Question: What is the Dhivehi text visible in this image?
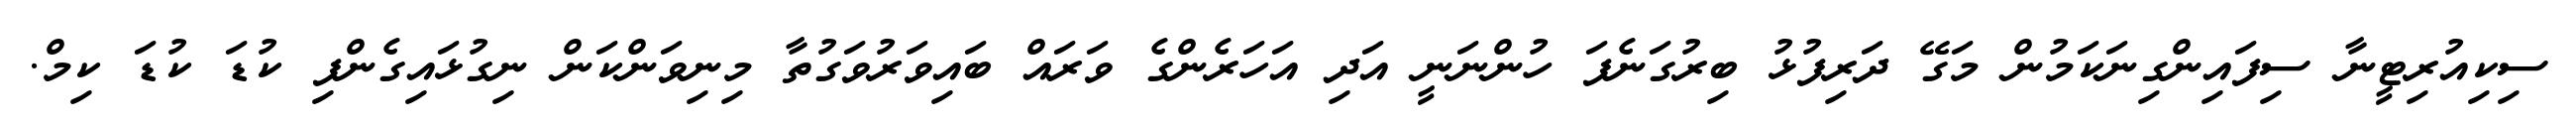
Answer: ސިކިއުރިޓީނާ ސިފައިންގިނަކަމުން މަގޭ ދަރިފުޅު ބިރުގަނެފަ ހުންނަނީ އަދި އަހަރެންގެ ވަރައް ބައިވަރުވަގުތާ މިނިވަންކަން ނިގުޅައިގެންފި ކުޑަ ކުޑަ ކިމް.